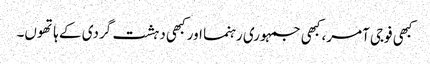
کبھی فوجی آمر، کبھی جمہوری رہنما اور کبھی دہشت گردی کے ہاتھوں۔